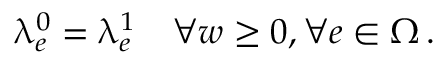
\uplambda _ { e } ^ { 0 } = \uplambda _ { e } ^ { 1 } \quad \forall w \ge 0 , \forall e \in \upOmega \, .